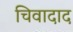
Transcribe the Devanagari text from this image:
चिवादाद